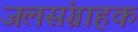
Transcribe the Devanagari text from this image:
जलसंग्राहक